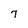
Character: 7